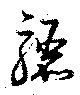
驪